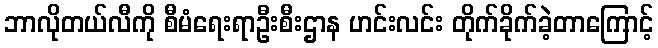
ဘာလိုတယ်လီကို စီမံရေးရာဦးစီးဌာန ဟင်းလင်း တိုက်ခိုက်ခဲ့တာကြောင့်